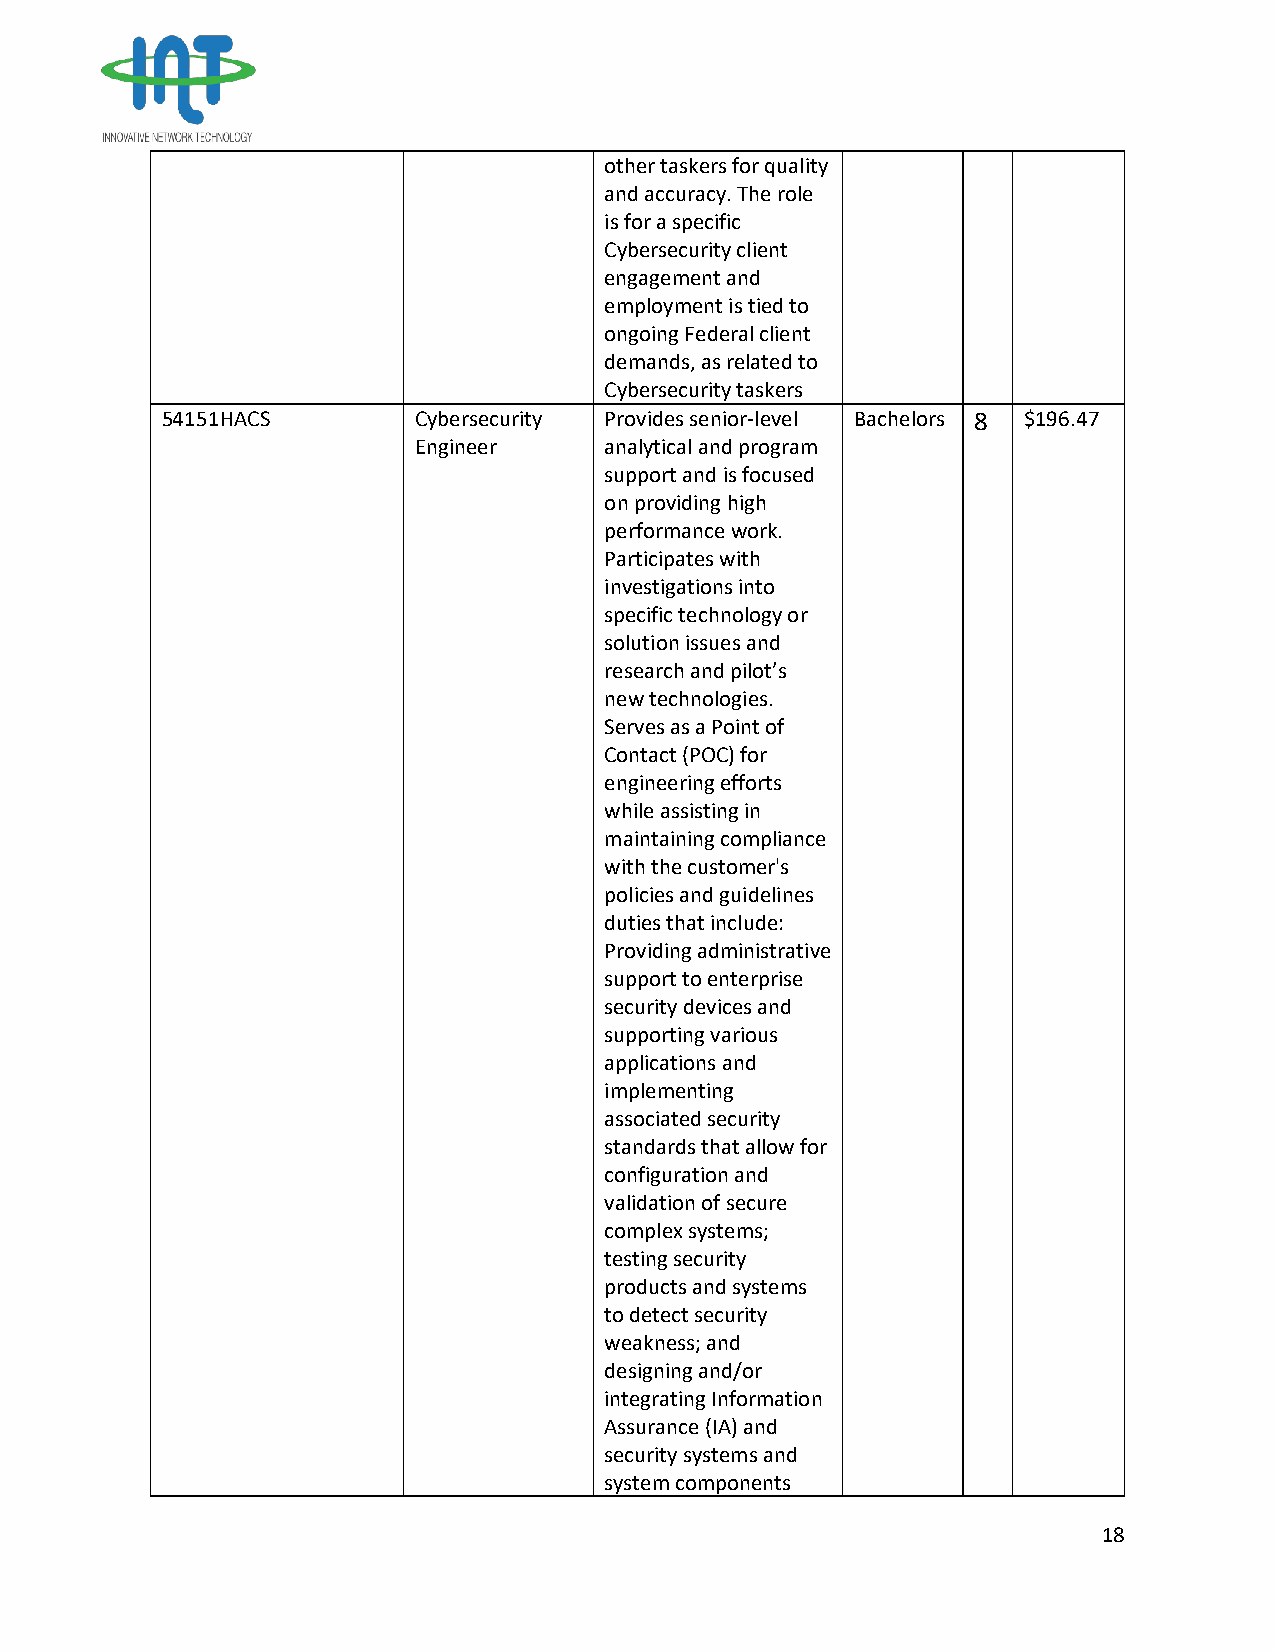
other taskers for quality
 and accuracy. The role
 is for a specific
 Cybersecurity client
 engagement and
 employment is tied to
 ongoing Federal client
 demands, as related to
 Cybersecurity taskers
 54151HACS       Cybersecurity Provides senior-level Bachelors 8 $196.47
 Engineer     analytical and program
 support and is focused
 on providing high
 performance work.
 Participates with
 investigations into
 specific technology or
 solution issues and
 research and pilot’s
 new technologies.
 Serves as a Point of
 Contact (POC) for
 engineering efforts
 while assisting in
 maintaining compliance
 with the customer's
 policies and guidelines
 duties that include:
 Providing administrative
 support to enterprise
 security devices and
 supporting various
 applications and
 implementing
 associated security
 standards that allow for
 configuration and
 validation of secure
 complex systems;
 testing security
 products and systems
 to detect security
 weakness; and
 designing and/or
 integrating Information
 Assurance (IA) and
 security systems and
 system components
 18